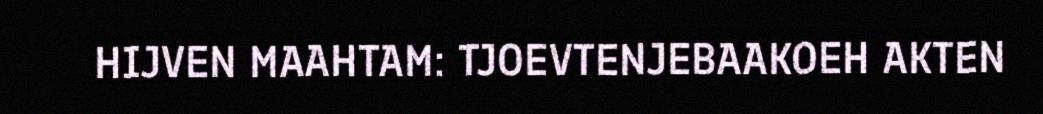
HIJVEN MAAHTAM: TJOEVTENJEBAAKOEH AKTEN